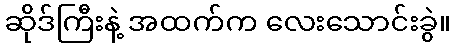
ဆိုဒ်ကြီးနဲ့ အထက်က လေးသောင်းခွဲ။